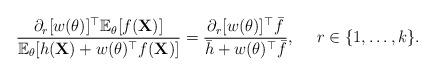
LaTeX: \begin{align*}\frac{ \partial_r [w(\theta)]^\top \mathbb{E}_\theta [f(\textbf{X})]}{\mathbb{E}_\theta [h(\textbf{X}) + w(\theta)^\top f(\textbf{X}) ]} = \frac{ \partial_r [w(\theta)]^\top \bar{f}}{\bar{h} + w(\theta)^\top \bar{f}},\quad~r\in\{1,\ldots,k\}.\end{align*}